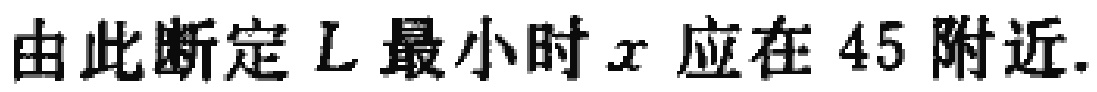
由此断定 \(L\) 最小时 \(x\) 应在 \(45\) 附近.